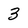
Character: 3